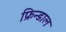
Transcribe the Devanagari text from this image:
फ्रिन्डाल